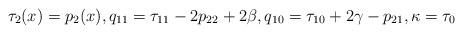
LaTeX: \begin{align*}\tau_2(x)=p_2(x),q_{11}=\tau_{11}-2p_{22}+2\beta,q_{10}=\tau_{10}+2\gamma-p_{21},\kappa=\tau_0\end{align*}